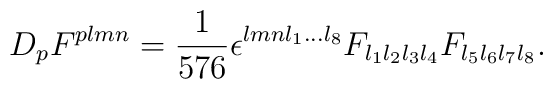
D_{  p}F^{  p  l  m  n}={1\over{576}}\epsilon^{  l  m  n  l_1...  l_8}F_{  l_1  l_2  l_3  l_4}F_{  l_5  l_6  l_7  l_8}.